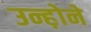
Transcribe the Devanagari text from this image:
उन्ह़ोने